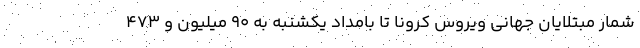
شمار مبتلایان جهانی ویروس کرونا تا بامداد یکشنبه به ۹۰ میلیون و ۴۷۳